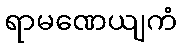
ရာမဏေယျကံ